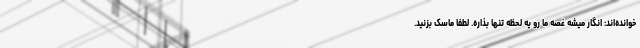
خوانده‌اند: انگار میشه غصه ما رو يه لحظه تنها بذاره. لطفا ماسک بزنید.